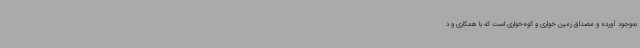
به‌وجود آورده و مصداق زمین خواری و کوه‌خواری است که با همکاری و د